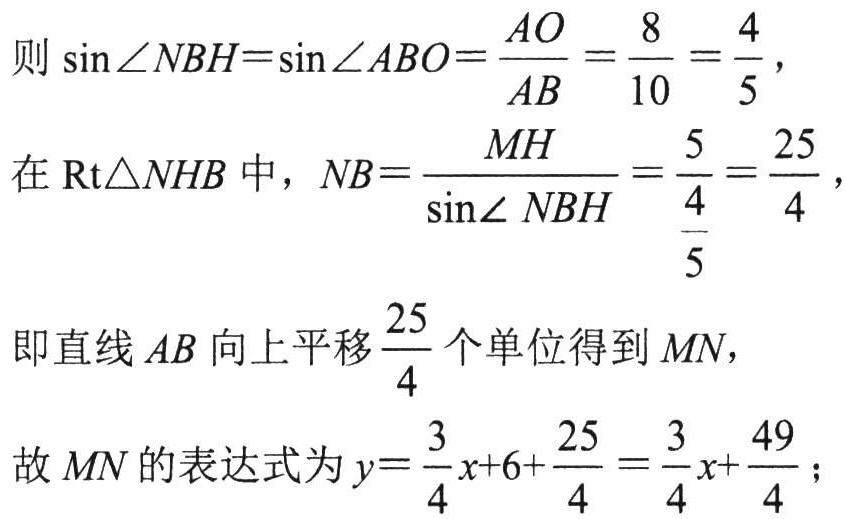
则\(\sin\angle NBH = \sin\angle ABO=\frac{AO}{AB}=\frac{8}{10}=\frac{4}{5}\)，

在\(\text{Rt}\triangle NHB\)中，\(NB = \frac{MH}{\sin\angle NBH}=\frac{5}{\frac{4}{5}}=\frac{25}{4}\)，

即直线\(AB\)向上平移\(\frac{25}{4}\)个单位得到\(MN\)，

故\(MN\)的表达式为\(y = \frac{3}{4}x + 6+\frac{25}{4}=\frac{3}{4}x+\frac{49}{4}\)；